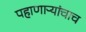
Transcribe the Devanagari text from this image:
पहाणाऱ्यांचाच